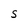
Character: S